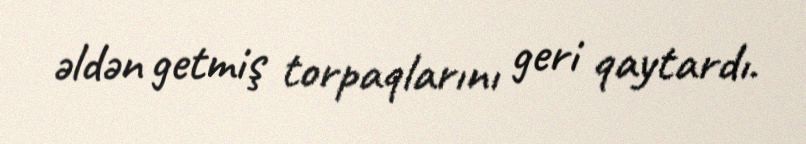
əldən getmiş torpaqlarını geri qaytardı.